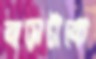
বাড়াটাকে